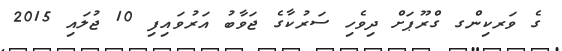
ގެ ވަރކިންގ ގްރޫޕަށް ދިވެހި ސަރުކާގެ ޖަވާބު އަރުވައިފި 10 ޖުލައި 2015